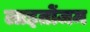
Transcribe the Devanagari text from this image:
लाइतोंजम